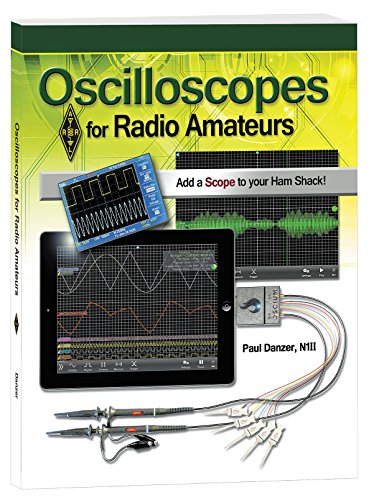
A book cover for Oscilloscopes for Radio Amateurs; ARRL Inc.; Humor & Entertainment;